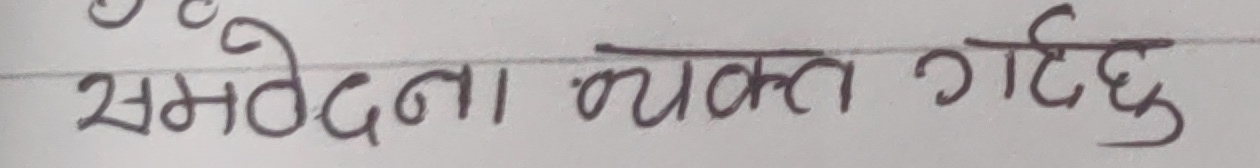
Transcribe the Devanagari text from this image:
समवेदना व्यक्त गर्दछु